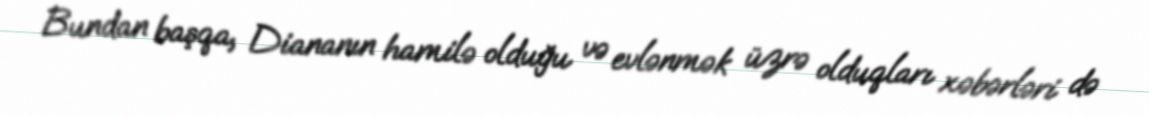
Bundan başqa, Diananın hamilə olduğu və evlənmək üzrə olduqları xəbərləri də